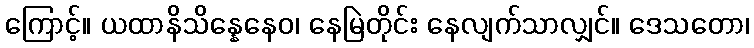
ကြောင့်။ ယထာနိသိန္နေနေဝ၊ နေမြဲတိုင်း နေလျက်သာလျှင်။ ဒေသတော၊